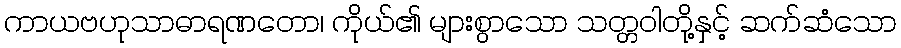
ကာယဗဟုသာဓာရဏတော၊ ကိုယ်၏ များစွာသော သတ္တဝါတို့နှင့် ဆက်ဆံသော